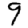
Digit: 9